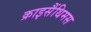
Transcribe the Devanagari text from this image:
क्राइसैंथिमस